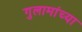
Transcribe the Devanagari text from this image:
गुलामांच्या